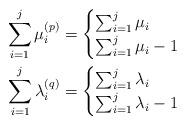
LaTeX: \begin{align*}\sum_{i=1}^j\mu^{(p)}_i &=\begin{cases} \sum_{i=1}^j\mu_i&\\\sum_{i=1}^j\mu_i-1 &\end{cases}\\\sum_{i=1}^j\lambda^{(q)}_i&=\begin{cases} \sum_{i=1}^j\lambda_i&\\\sum_{i=1}^j\lambda_i-1 &\end{cases}\end{align*}